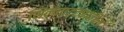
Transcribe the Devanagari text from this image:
शिल्पपट्ट्यातील